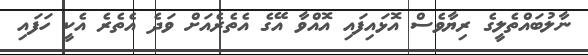
ނާލުބައްތެލީގެ ރިޔާވެސް އޮޅައިފައި އޮއްވާ އޭގެ އެތެރެއަށް ވަދެ އެތެރެ އެކީ ހަފައި